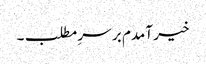
خیر آمدم بر سرِ مطلب۔